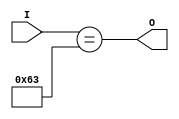
module Decode998 (
    input [7:0] I,
    output O
);
assign O = I == 8'h63;
endmodule

module Decode988 (
    input [7:0] I,
    output O
);
assign O = I == 8'h62;
endmodule

module Decode98 (
    input [7:0] I,
    output O
);
assign O = I == 8'h09;
endmodule

module Decode978 (
    input [7:0] I,
    output O
);
assign O = I == 8'h61;
endmodule

module Decode968 (
    input [7:0] I,
    output O
);
assign O = I == 8'h60;
endmodule

module Decode958 (
    input [7:0] I,
    output O
);
assign O = I == 8'h5f;
endmodule

module Decode948 (
    input [7:0] I,
    output O
);
assign O = I == 8'h5e;
endmodule

module Decode938 (
    input [7:0] I,
    output O
);
assign O = I == 8'h5d;
endmodule

module Decode928 (
    input [7:0] I,
    output O
);
assign O = I == 8'h5c;
endmodule

module Decode918 (
    input [7:0] I,
    output O
);
assign O = I == 8'h5b;
endmodule

module Decode908 (
    input [7:0] I,
    output O
);
assign O = I == 8'h5a;
endmodule

module Decode898 (
    input [7:0] I,
    output O
);
assign O = I == 8'h59;
endmodule

module Decode888 (
    input [7:0] I,
    output O
);
assign O = I == 8'h58;
endmodule

module Decode88 (
    input [7:0] I,
    output O
);
assign O = I == 8'h08;
endmodule

module Decode878 (
    input [7:0] I,
    output O
);
assign O = I == 8'h57;
endmodule

module Decode868 (
    input [7:0] I,
    output O
);
assign O = I == 8'h56;
endmodule

module Decode858 (
    input [7:0] I,
    output O
);
assign O = I == 8'h55;
endmodule

module Decode848 (
    input [7:0] I,
    output O
);
assign O = I == 8'h54;
endmodule

module Decode838 (
    input [7:0] I,
    output O
);
assign O = I == 8'h53;
endmodule

module Decode828 (
    input [7:0] I,
    output O
);
assign O = I == 8'h52;
endmodule

module Decode818 (
    input [7:0] I,
    output O
);
assign O = I == 8'h51;
endmodule

module Decode808 (
    input [7:0] I,
    output O
);
assign O = I == 8'h50;
endmodule

module Decode798 (
    input [7:0] I,
    output O
);
assign O = I == 8'h4f;
endmodule

module Decode788 (
    input [7:0] I,
    output O
);
assign O = I == 8'h4e;
endmodule

module Decode78 (
    input [7:0] I,
    output O
);
assign O = I == 8'h07;
endmodule

module Decode778 (
    input [7:0] I,
    output O
);
assign O = I == 8'h4d;
endmodule

module Decode768 (
    input [7:0] I,
    output O
);
assign O = I == 8'h4c;
endmodule

module Decode758 (
    input [7:0] I,
    output O
);
assign O = I == 8'h4b;
endmodule

module Decode748 (
    input [7:0] I,
    output O
);
assign O = I == 8'h4a;
endmodule

module Decode738 (
    input [7:0] I,
    output O
);
assign O = I == 8'h49;
endmodule

module Decode728 (
    input [7:0] I,
    output O
);
assign O = I == 8'h48;
endmodule

module Decode718 (
    input [7:0] I,
    output O
);
assign O = I == 8'h47;
endmodule

module Decode708 (
    input [7:0] I,
    output O
);
assign O = I == 8'h46;
endmodule

module Decode698 (
    input [7:0] I,
    output O
);
assign O = I == 8'h45;
endmodule

module Decode688 (
    input [7:0] I,
    output O
);
assign O = I == 8'h44;
endmodule

module Decode68 (
    input [7:0] I,
    output O
);
assign O = I == 8'h06;
endmodule

module Decode678 (
    input [7:0] I,
    output O
);
assign O = I == 8'h43;
endmodule

module Decode668 (
    input [7:0] I,
    output O
);
assign O = I == 8'h42;
endmodule

module Decode658 (
    input [7:0] I,
    output O
);
assign O = I == 8'h41;
endmodule

module Decode648 (
    input [7:0] I,
    output O
);
assign O = I == 8'h40;
endmodule

module Decode638 (
    input [7:0] I,
    output O
);
assign O = I == 8'h3f;
endmodule

module Decode628 (
    input [7:0] I,
    output O
);
assign O = I == 8'h3e;
endmodule

module Decode618 (
    input [7:0] I,
    output O
);
assign O = I == 8'h3d;
endmodule

module Decode608 (
    input [7:0] I,
    output O
);
assign O = I == 8'h3c;
endmodule

module Decode598 (
    input [7:0] I,
    output O
);
assign O = I == 8'h3b;
endmodule

module Decode588 (
    input [7:0] I,
    output O
);
assign O = I == 8'h3a;
endmodule

module Decode58 (
    input [7:0] I,
    output O
);
assign O = I == 8'h05;
endmodule

module Decode578 (
    input [7:0] I,
    output O
);
assign O = I == 8'h39;
endmodule

module Decode568 (
    input [7:0] I,
    output O
);
assign O = I == 8'h38;
endmodule

module Decode558 (
    input [7:0] I,
    output O
);
assign O = I == 8'h37;
endmodule

module Decode548 (
    input [7:0] I,
    output O
);
assign O = I == 8'h36;
endmodule

module Decode538 (
    input [7:0] I,
    output O
);
assign O = I == 8'h35;
endmodule

module Decode528 (
    input [7:0] I,
    output O
);
assign O = I == 8'h34;
endmodule

module Decode518 (
    input [7:0] I,
    output O
);
assign O = I == 8'h33;
endmodule

module Decode508 (
    input [7:0] I,
    output O
);
assign O = I == 8'h32;
endmodule

module Decode498 (
    input [7:0] I,
    output O
);
assign O = I == 8'h31;
endmodule

module Decode488 (
    input [7:0] I,
    output O
);
assign O = I == 8'h30;
endmodule

module Decode48 (
    input [7:0] I,
    output O
);
assign O = I == 8'h04;
endmodule

module Decode478 (
    input [7:0] I,
    output O
);
assign O = I == 8'h2f;
endmodule

module Decode468 (
    input [7:0] I,
    output O
);
assign O = I == 8'h2e;
endmodule

module Decode458 (
    input [7:0] I,
    output O
);
assign O = I == 8'h2d;
endmodule

module Decode448 (
    input [7:0] I,
    output O
);
assign O = I == 8'h2c;
endmodule

module Decode438 (
    input [7:0] I,
    output O
);
assign O = I == 8'h2b;
endmodule

module Decode428 (
    input [7:0] I,
    output O
);
assign O = I == 8'h2a;
endmodule

module Decode418 (
    input [7:0] I,
    output O
);
assign O = I == 8'h29;
endmodule

module Decode408 (
    input [7:0] I,
    output O
);
assign O = I == 8'h28;
endmodule

module Decode398 (
    input [7:0] I,
    output O
);
assign O = I == 8'h27;
endmodule

module Decode388 (
    input [7:0] I,
    output O
);
assign O = I == 8'h26;
endmodule

module Decode38 (
    input [7:0] I,
    output O
);
assign O = I == 8'h03;
endmodule

module Decode378 (
    input [7:0] I,
    output O
);
assign O = I == 8'h25;
endmodule

module Decode368 (
    input [7:0] I,
    output O
);
assign O = I == 8'h24;
endmodule

module Decode358 (
    input [7:0] I,
    output O
);
assign O = I == 8'h23;
endmodule

module Decode348 (
    input [7:0] I,
    output O
);
assign O = I == 8'h22;
endmodule

module Decode338 (
    input [7:0] I,
    output O
);
assign O = I == 8'h21;
endmodule

module Decode328 (
    input [7:0] I,
    output O
);
assign O = I == 8'h20;
endmodule

module Decode318 (
    input [7:0] I,
    output O
);
assign O = I == 8'h1f;
endmodule

module Decode308 (
    input [7:0] I,
    output O
);
assign O = I == 8'h1e;
endmodule

module Decode298 (
    input [7:0] I,
    output O
);
assign O = I == 8'h1d;
endmodule

module Decode288 (
    input [7:0] I,
    output O
);
assign O = I == 8'h1c;
endmodule

module Decode28 (
    input [7:0] I,
    output O
);
assign O = I == 8'h02;
endmodule

module Decode278 (
    input [7:0] I,
    output O
);
assign O = I == 8'h1b;
endmodule

module Decode268 (
    input [7:0] I,
    output O
);
assign O = I == 8'h1a;
endmodule

module Decode258 (
    input [7:0] I,
    output O
);
assign O = I == 8'h19;
endmodule

module Decode2558 (
    input [7:0] I,
    output O
);
assign O = I == 8'hff;
endmodule

module Decode2548 (
    input [7:0] I,
    output O
);
assign O = I == 8'hfe;
endmodule

module Decode2538 (
    input [7:0] I,
    output O
);
assign O = I == 8'hfd;
endmodule

module Decode2528 (
    input [7:0] I,
    output O
);
assign O = I == 8'hfc;
endmodule

module Decode2518 (
    input [7:0] I,
    output O
);
assign O = I == 8'hfb;
endmodule

module Decode2508 (
    input [7:0] I,
    output O
);
assign O = I == 8'hfa;
endmodule

module Decode2498 (
    input [7:0] I,
    output O
);
assign O = I == 8'hf9;
endmodule

module Decode2488 (
    input [7:0] I,
    output O
);
assign O = I == 8'hf8;
endmodule

module Decode248 (
    input [7:0] I,
    output O
);
assign O = I == 8'h18;
endmodule

module Decode2478 (
    input [7:0] I,
    output O
);
assign O = I == 8'hf7;
endmodule

module Decode2468 (
    input [7:0] I,
    output O
);
assign O = I == 8'hf6;
endmodule

module Decode2458 (
    input [7:0] I,
    output O
);
assign O = I == 8'hf5;
endmodule

module Decode2448 (
    input [7:0] I,
    output O
);
assign O = I == 8'hf4;
endmodule

module Decode2438 (
    input [7:0] I,
    output O
);
assign O = I == 8'hf3;
endmodule

module Decode2428 (
    input [7:0] I,
    output O
);
assign O = I == 8'hf2;
endmodule

module Decode2418 (
    input [7:0] I,
    output O
);
assign O = I == 8'hf1;
endmodule

module Decode2408 (
    input [7:0] I,
    output O
);
assign O = I == 8'hf0;
endmodule

module Decode2398 (
    input [7:0] I,
    output O
);
assign O = I == 8'hef;
endmodule

module Decode2388 (
    input [7:0] I,
    output O
);
assign O = I == 8'hee;
endmodule

module Decode238 (
    input [7:0] I,
    output O
);
assign O = I == 8'h17;
endmodule

module Decode2378 (
    input [7:0] I,
    output O
);
assign O = I == 8'hed;
endmodule

module Decode2368 (
    input [7:0] I,
    output O
);
assign O = I == 8'hec;
endmodule

module Decode2358 (
    input [7:0] I,
    output O
);
assign O = I == 8'heb;
endmodule

module Decode2348 (
    input [7:0] I,
    output O
);
assign O = I == 8'hea;
endmodule

module Decode2338 (
    input [7:0] I,
    output O
);
assign O = I == 8'he9;
endmodule

module Decode2328 (
    input [7:0] I,
    output O
);
assign O = I == 8'he8;
endmodule

module Decode2318 (
    input [7:0] I,
    output O
);
assign O = I == 8'he7;
endmodule

module Decode2308 (
    input [7:0] I,
    output O
);
assign O = I == 8'he6;
endmodule

module Decode2298 (
    input [7:0] I,
    output O
);
assign O = I == 8'he5;
endmodule

module Decode2288 (
    input [7:0] I,
    output O
);
assign O = I == 8'he4;
endmodule

module Decode228 (
    input [7:0] I,
    output O
);
assign O = I == 8'h16;
endmodule

module Decode2278 (
    input [7:0] I,
    output O
);
assign O = I == 8'he3;
endmodule

module Decode2268 (
    input [7:0] I,
    output O
);
assign O = I == 8'he2;
endmodule

module Decode2258 (
    input [7:0] I,
    output O
);
assign O = I == 8'he1;
endmodule

module Decode2248 (
    input [7:0] I,
    output O
);
assign O = I == 8'he0;
endmodule

module Decode2238 (
    input [7:0] I,
    output O
);
assign O = I == 8'hdf;
endmodule

module Decode2228 (
    input [7:0] I,
    output O
);
assign O = I == 8'hde;
endmodule

module Decode2218 (
    input [7:0] I,
    output O
);
assign O = I == 8'hdd;
endmodule

module Decode2208 (
    input [7:0] I,
    output O
);
assign O = I == 8'hdc;
endmodule

module Decode2198 (
    input [7:0] I,
    output O
);
assign O = I == 8'hdb;
endmodule

module Decode2188 (
    input [7:0] I,
    output O
);
assign O = I == 8'hda;
endmodule

module Decode218 (
    input [7:0] I,
    output O
);
assign O = I == 8'h15;
endmodule

module Decode2178 (
    input [7:0] I,
    output O
);
assign O = I == 8'hd9;
endmodule

module Decode2168 (
    input [7:0] I,
    output O
);
assign O = I == 8'hd8;
endmodule

module Decode2158 (
    input [7:0] I,
    output O
);
assign O = I == 8'hd7;
endmodule

module Decode2148 (
    input [7:0] I,
    output O
);
assign O = I == 8'hd6;
endmodule

module Decode2138 (
    input [7:0] I,
    output O
);
assign O = I == 8'hd5;
endmodule

module Decode2128 (
    input [7:0] I,
    output O
);
assign O = I == 8'hd4;
endmodule

module Decode2118 (
    input [7:0] I,
    output O
);
assign O = I == 8'hd3;
endmodule

module Decode2108 (
    input [7:0] I,
    output O
);
assign O = I == 8'hd2;
endmodule

module Decode2098 (
    input [7:0] I,
    output O
);
assign O = I == 8'hd1;
endmodule

module Decode2088 (
    input [7:0] I,
    output O
);
assign O = I == 8'hd0;
endmodule

module Decode208 (
    input [7:0] I,
    output O
);
assign O = I == 8'h14;
endmodule

module Decode2078 (
    input [7:0] I,
    output O
);
assign O = I == 8'hcf;
endmodule

module Decode2068 (
    input [7:0] I,
    output O
);
assign O = I == 8'hce;
endmodule

module Decode2058 (
    input [7:0] I,
    output O
);
assign O = I == 8'hcd;
endmodule

module Decode2048 (
    input [7:0] I,
    output O
);
assign O = I == 8'hcc;
endmodule

module Decode2038 (
    input [7:0] I,
    output O
);
assign O = I == 8'hcb;
endmodule

module Decode2028 (
    input [7:0] I,
    output O
);
assign O = I == 8'hca;
endmodule

module Decode2018 (
    input [7:0] I,
    output O
);
assign O = I == 8'hc9;
endmodule

module Decode2008 (
    input [7:0] I,
    output O
);
assign O = I == 8'hc8;
endmodule

module Decode1998 (
    input [7:0] I,
    output O
);
assign O = I == 8'hc7;
endmodule

module Decode1988 (
    input [7:0] I,
    output O
);
assign O = I == 8'hc6;
endmodule

module Decode198 (
    input [7:0] I,
    output O
);
assign O = I == 8'h13;
endmodule

module Decode1978 (
    input [7:0] I,
    output O
);
assign O = I == 8'hc5;
endmodule

module Decode1968 (
    input [7:0] I,
    output O
);
assign O = I == 8'hc4;
endmodule

module Decode1958 (
    input [7:0] I,
    output O
);
assign O = I == 8'hc3;
endmodule

module Decode1948 (
    input [7:0] I,
    output O
);
assign O = I == 8'hc2;
endmodule

module Decode1938 (
    input [7:0] I,
    output O
);
assign O = I == 8'hc1;
endmodule

module Decode1928 (
    input [7:0] I,
    output O
);
assign O = I == 8'hc0;
endmodule

module Decode1918 (
    input [7:0] I,
    output O
);
assign O = I == 8'hbf;
endmodule

module Decode1908 (
    input [7:0] I,
    output O
);
assign O = I == 8'hbe;
endmodule

module Decode1898 (
    input [7:0] I,
    output O
);
assign O = I == 8'hbd;
endmodule

module Decode1888 (
    input [7:0] I,
    output O
);
assign O = I == 8'hbc;
endmodule

module Decode188 (
    input [7:0] I,
    output O
);
assign O = I == 8'h12;
endmodule

module Decode1878 (
    input [7:0] I,
    output O
);
assign O = I == 8'hbb;
endmodule

module Decode1868 (
    input [7:0] I,
    output O
);
assign O = I == 8'hba;
endmodule

module Decode1858 (
    input [7:0] I,
    output O
);
assign O = I == 8'hb9;
endmodule

module Decode1848 (
    input [7:0] I,
    output O
);
assign O = I == 8'hb8;
endmodule

module Decode1838 (
    input [7:0] I,
    output O
);
assign O = I == 8'hb7;
endmodule

module Decode1828 (
    input [7:0] I,
    output O
);
assign O = I == 8'hb6;
endmodule

module Decode1818 (
    input [7:0] I,
    output O
);
assign O = I == 8'hb5;
endmodule

module Decode1808 (
    input [7:0] I,
    output O
);
assign O = I == 8'hb4;
endmodule

module Decode18 (
    input [7:0] I,
    output O
);
assign O = I == 8'h01;
endmodule

module Decode1798 (
    input [7:0] I,
    output O
);
assign O = I == 8'hb3;
endmodule

module Decode1788 (
    input [7:0] I,
    output O
);
assign O = I == 8'hb2;
endmodule

module Decode178 (
    input [7:0] I,
    output O
);
assign O = I == 8'h11;
endmodule

module Decode1778 (
    input [7:0] I,
    output O
);
assign O = I == 8'hb1;
endmodule

module Decode1768 (
    input [7:0] I,
    output O
);
assign O = I == 8'hb0;
endmodule

module Decode1758 (
    input [7:0] I,
    output O
);
assign O = I == 8'haf;
endmodule

module Decode1748 (
    input [7:0] I,
    output O
);
assign O = I == 8'hae;
endmodule

module Decode1738 (
    input [7:0] I,
    output O
);
assign O = I == 8'had;
endmodule

module Decode1728 (
    input [7:0] I,
    output O
);
assign O = I == 8'hac;
endmodule

module Decode1718 (
    input [7:0] I,
    output O
);
assign O = I == 8'hab;
endmodule

module Decode1708 (
    input [7:0] I,
    output O
);
assign O = I == 8'haa;
endmodule

module Decode1698 (
    input [7:0] I,
    output O
);
assign O = I == 8'ha9;
endmodule

module Decode1688 (
    input [7:0] I,
    output O
);
assign O = I == 8'ha8;
endmodule

module Decode168 (
    input [7:0] I,
    output O
);
assign O = I == 8'h10;
endmodule

module Decode1678 (
    input [7:0] I,
    output O
);
assign O = I == 8'ha7;
endmodule

module Decode1668 (
    input [7:0] I,
    output O
);
assign O = I == 8'ha6;
endmodule

module Decode1658 (
    input [7:0] I,
    output O
);
assign O = I == 8'ha5;
endmodule

module Decode1648 (
    input [7:0] I,
    output O
);
assign O = I == 8'ha4;
endmodule

module Decode1638 (
    input [7:0] I,
    output O
);
assign O = I == 8'ha3;
endmodule

module Decode1628 (
    input [7:0] I,
    output O
);
assign O = I == 8'ha2;
endmodule

module Decode1618 (
    input [7:0] I,
    output O
);
assign O = I == 8'ha1;
endmodule

module Decode1608 (
    input [7:0] I,
    output O
);
assign O = I == 8'ha0;
endmodule

module Decode1598 (
    input [7:0] I,
    output O
);
assign O = I == 8'h9f;
endmodule

module Decode1588 (
    input [7:0] I,
    output O
);
assign O = I == 8'h9e;
endmodule

module Decode158 (
    input [7:0] I,
    output O
);
assign O = I == 8'h0f;
endmodule

module Decode1578 (
    input [7:0] I,
    output O
);
assign O = I == 8'h9d;
endmodule

module Decode1568 (
    input [7:0] I,
    output O
);
assign O = I == 8'h9c;
endmodule

module Decode1558 (
    input [7:0] I,
    output O
);
assign O = I == 8'h9b;
endmodule

module Decode1548 (
    input [7:0] I,
    output O
);
assign O = I == 8'h9a;
endmodule

module Decode1538 (
    input [7:0] I,
    output O
);
assign O = I == 8'h99;
endmodule

module Decode1528 (
    input [7:0] I,
    output O
);
assign O = I == 8'h98;
endmodule

module Decode1518 (
    input [7:0] I,
    output O
);
assign O = I == 8'h97;
endmodule

module Decode1508 (
    input [7:0] I,
    output O
);
assign O = I == 8'h96;
endmodule

module Decode1498 (
    input [7:0] I,
    output O
);
assign O = I == 8'h95;
endmodule

module Decode1488 (
    input [7:0] I,
    output O
);
assign O = I == 8'h94;
endmodule

module Decode148 (
    input [7:0] I,
    output O
);
assign O = I == 8'h0e;
endmodule

module Decode1478 (
    input [7:0] I,
    output O
);
assign O = I == 8'h93;
endmodule

module Decode1468 (
    input [7:0] I,
    output O
);
assign O = I == 8'h92;
endmodule

module Decode1458 (
    input [7:0] I,
    output O
);
assign O = I == 8'h91;
endmodule

module Decode1448 (
    input [7:0] I,
    output O
);
assign O = I == 8'h90;
endmodule

module Decode1438 (
    input [7:0] I,
    output O
);
assign O = I == 8'h8f;
endmodule

module Decode1428 (
    input [7:0] I,
    output O
);
assign O = I == 8'h8e;
endmodule

module Decode1418 (
    input [7:0] I,
    output O
);
assign O = I == 8'h8d;
endmodule

module Decode1408 (
    input [7:0] I,
    output O
);
assign O = I == 8'h8c;
endmodule

module Decode1398 (
    input [7:0] I,
    output O
);
assign O = I == 8'h8b;
endmodule

module Decode1388 (
    input [7:0] I,
    output O
);
assign O = I == 8'h8a;
endmodule

module Decode138 (
    input [7:0] I,
    output O
);
assign O = I == 8'h0d;
endmodule

module Decode1378 (
    input [7:0] I,
    output O
);
assign O = I == 8'h89;
endmodule

module Decode1368 (
    input [7:0] I,
    output O
);
assign O = I == 8'h88;
endmodule

module Decode1358 (
    input [7:0] I,
    output O
);
assign O = I == 8'h87;
endmodule

module Decode1348 (
    input [7:0] I,
    output O
);
assign O = I == 8'h86;
endmodule

module Decode1338 (
    input [7:0] I,
    output O
);
assign O = I == 8'h85;
endmodule

module Decode1328 (
    input [7:0] I,
    output O
);
assign O = I == 8'h84;
endmodule

module Decode1318 (
    input [7:0] I,
    output O
);
assign O = I == 8'h83;
endmodule

module Decode1308 (
    input [7:0] I,
    output O
);
assign O = I == 8'h82;
endmodule

module Decode1298 (
    input [7:0] I,
    output O
);
assign O = I == 8'h81;
endmodule

module Decode1288 (
    input [7:0] I,
    output O
);
assign O = I == 8'h80;
endmodule

module Decode128 (
    input [7:0] I,
    output O
);
assign O = I == 8'h0c;
endmodule

module Decode1278 (
    input [7:0] I,
    output O
);
assign O = I == 8'h7f;
endmodule

module Decode1268 (
    input [7:0] I,
    output O
);
assign O = I == 8'h7e;
endmodule

module Decode1258 (
    input [7:0] I,
    output O
);
assign O = I == 8'h7d;
endmodule

module Decode1248 (
    input [7:0] I,
    output O
);
assign O = I == 8'h7c;
endmodule

module Decode1238 (
    input [7:0] I,
    output O
);
assign O = I == 8'h7b;
endmodule

module Decode1228 (
    input [7:0] I,
    output O
);
assign O = I == 8'h7a;
endmodule

module Decode1218 (
    input [7:0] I,
    output O
);
assign O = I == 8'h79;
endmodule

module Decode1208 (
    input [7:0] I,
    output O
);
assign O = I == 8'h78;
endmodule

module Decode1198 (
    input [7:0] I,
    output O
);
assign O = I == 8'h77;
endmodule

module Decode1188 (
    input [7:0] I,
    output O
);
assign O = I == 8'h76;
endmodule

module Decode118 (
    input [7:0] I,
    output O
);
assign O = I == 8'h0b;
endmodule

module Decode1178 (
    input [7:0] I,
    output O
);
assign O = I == 8'h75;
endmodule

module Decode1168 (
    input [7:0] I,
    output O
);
assign O = I == 8'h74;
endmodule

module Decode1158 (
    input [7:0] I,
    output O
);
assign O = I == 8'h73;
endmodule

module Decode1148 (
    input [7:0] I,
    output O
);
assign O = I == 8'h72;
endmodule

module Decode1138 (
    input [7:0] I,
    output O
);
assign O = I == 8'h71;
endmodule

module Decode1128 (
    input [7:0] I,
    output O
);
assign O = I == 8'h70;
endmodule

module Decode1118 (
    input [7:0] I,
    output O
);
assign O = I == 8'h6f;
endmodule

module Decode1108 (
    input [7:0] I,
    output O
);
assign O = I == 8'h6e;
endmodule

module Decode1098 (
    input [7:0] I,
    output O
);
assign O = I == 8'h6d;
endmodule

module Decode1088 (
    input [7:0] I,
    output O
);
assign O = I == 8'h6c;
endmodule

module Decode108 (
    input [7:0] I,
    output O
);
assign O = I == 8'h0a;
endmodule

module Decode1078 (
    input [7:0] I,
    output O
);
assign O = I == 8'h6b;
endmodule

module Decode1068 (
    input [7:0] I,
    output O
);
assign O = I == 8'h6a;
endmodule

module Decode1058 (
    input [7:0] I,
    output O
);
assign O = I == 8'h69;
endmodule

module Decode1048 (
    input [7:0] I,
    output O
);
assign O = I == 8'h68;
endmodule

module Decode1038 (
    input [7:0] I,
    output O
);
assign O = I == 8'h67;
endmodule

module Decode1028 (
    input [7:0] I,
    output O
);
assign O = I == 8'h66;
endmodule

module Decode1018 (
    input [7:0] I,
    output O
);
assign O = I == 8'h65;
endmodule

module Decode1008 (
    input [7:0] I,
    output O
);
assign O = I == 8'h64;
endmodule

module Decode08 (
    input [7:0] I,
    output O
);
assign O = I == 8'h00;
endmodule

module Decoder8 (
    input [7:0] I,
    output [255:0] O
);
wire Decode08_inst0_O;
wire Decode1008_inst0_O;
wire Decode1018_inst0_O;
wire Decode1028_inst0_O;
wire Decode1038_inst0_O;
wire Decode1048_inst0_O;
wire Decode1058_inst0_O;
wire Decode1068_inst0_O;
wire Decode1078_inst0_O;
wire Decode1088_inst0_O;
wire Decode108_inst0_O;
wire Decode1098_inst0_O;
wire Decode1108_inst0_O;
wire Decode1118_inst0_O;
wire Decode1128_inst0_O;
wire Decode1138_inst0_O;
wire Decode1148_inst0_O;
wire Decode1158_inst0_O;
wire Decode1168_inst0_O;
wire Decode1178_inst0_O;
wire Decode1188_inst0_O;
wire Decode118_inst0_O;
wire Decode1198_inst0_O;
wire Decode1208_inst0_O;
wire Decode1218_inst0_O;
wire Decode1228_inst0_O;
wire Decode1238_inst0_O;
wire Decode1248_inst0_O;
wire Decode1258_inst0_O;
wire Decode1268_inst0_O;
wire Decode1278_inst0_O;
wire Decode1288_inst0_O;
wire Decode128_inst0_O;
wire Decode1298_inst0_O;
wire Decode1308_inst0_O;
wire Decode1318_inst0_O;
wire Decode1328_inst0_O;
wire Decode1338_inst0_O;
wire Decode1348_inst0_O;
wire Decode1358_inst0_O;
wire Decode1368_inst0_O;
wire Decode1378_inst0_O;
wire Decode1388_inst0_O;
wire Decode138_inst0_O;
wire Decode1398_inst0_O;
wire Decode1408_inst0_O;
wire Decode1418_inst0_O;
wire Decode1428_inst0_O;
wire Decode1438_inst0_O;
wire Decode1448_inst0_O;
wire Decode1458_inst0_O;
wire Decode1468_inst0_O;
wire Decode1478_inst0_O;
wire Decode1488_inst0_O;
wire Decode148_inst0_O;
wire Decode1498_inst0_O;
wire Decode1508_inst0_O;
wire Decode1518_inst0_O;
wire Decode1528_inst0_O;
wire Decode1538_inst0_O;
wire Decode1548_inst0_O;
wire Decode1558_inst0_O;
wire Decode1568_inst0_O;
wire Decode1578_inst0_O;
wire Decode1588_inst0_O;
wire Decode158_inst0_O;
wire Decode1598_inst0_O;
wire Decode1608_inst0_O;
wire Decode1618_inst0_O;
wire Decode1628_inst0_O;
wire Decode1638_inst0_O;
wire Decode1648_inst0_O;
wire Decode1658_inst0_O;
wire Decode1668_inst0_O;
wire Decode1678_inst0_O;
wire Decode1688_inst0_O;
wire Decode168_inst0_O;
wire Decode1698_inst0_O;
wire Decode1708_inst0_O;
wire Decode1718_inst0_O;
wire Decode1728_inst0_O;
wire Decode1738_inst0_O;
wire Decode1748_inst0_O;
wire Decode1758_inst0_O;
wire Decode1768_inst0_O;
wire Decode1778_inst0_O;
wire Decode1788_inst0_O;
wire Decode178_inst0_O;
wire Decode1798_inst0_O;
wire Decode1808_inst0_O;
wire Decode1818_inst0_O;
wire Decode1828_inst0_O;
wire Decode1838_inst0_O;
wire Decode1848_inst0_O;
wire Decode1858_inst0_O;
wire Decode1868_inst0_O;
wire Decode1878_inst0_O;
wire Decode1888_inst0_O;
wire Decode188_inst0_O;
wire Decode1898_inst0_O;
wire Decode18_inst0_O;
wire Decode1908_inst0_O;
wire Decode1918_inst0_O;
wire Decode1928_inst0_O;
wire Decode1938_inst0_O;
wire Decode1948_inst0_O;
wire Decode1958_inst0_O;
wire Decode1968_inst0_O;
wire Decode1978_inst0_O;
wire Decode1988_inst0_O;
wire Decode198_inst0_O;
wire Decode1998_inst0_O;
wire Decode2008_inst0_O;
wire Decode2018_inst0_O;
wire Decode2028_inst0_O;
wire Decode2038_inst0_O;
wire Decode2048_inst0_O;
wire Decode2058_inst0_O;
wire Decode2068_inst0_O;
wire Decode2078_inst0_O;
wire Decode2088_inst0_O;
wire Decode208_inst0_O;
wire Decode2098_inst0_O;
wire Decode2108_inst0_O;
wire Decode2118_inst0_O;
wire Decode2128_inst0_O;
wire Decode2138_inst0_O;
wire Decode2148_inst0_O;
wire Decode2158_inst0_O;
wire Decode2168_inst0_O;
wire Decode2178_inst0_O;
wire Decode2188_inst0_O;
wire Decode218_inst0_O;
wire Decode2198_inst0_O;
wire Decode2208_inst0_O;
wire Decode2218_inst0_O;
wire Decode2228_inst0_O;
wire Decode2238_inst0_O;
wire Decode2248_inst0_O;
wire Decode2258_inst0_O;
wire Decode2268_inst0_O;
wire Decode2278_inst0_O;
wire Decode2288_inst0_O;
wire Decode228_inst0_O;
wire Decode2298_inst0_O;
wire Decode2308_inst0_O;
wire Decode2318_inst0_O;
wire Decode2328_inst0_O;
wire Decode2338_inst0_O;
wire Decode2348_inst0_O;
wire Decode2358_inst0_O;
wire Decode2368_inst0_O;
wire Decode2378_inst0_O;
wire Decode2388_inst0_O;
wire Decode238_inst0_O;
wire Decode2398_inst0_O;
wire Decode2408_inst0_O;
wire Decode2418_inst0_O;
wire Decode2428_inst0_O;
wire Decode2438_inst0_O;
wire Decode2448_inst0_O;
wire Decode2458_inst0_O;
wire Decode2468_inst0_O;
wire Decode2478_inst0_O;
wire Decode2488_inst0_O;
wire Decode248_inst0_O;
wire Decode2498_inst0_O;
wire Decode2508_inst0_O;
wire Decode2518_inst0_O;
wire Decode2528_inst0_O;
wire Decode2538_inst0_O;
wire Decode2548_inst0_O;
wire Decode2558_inst0_O;
wire Decode258_inst0_O;
wire Decode268_inst0_O;
wire Decode278_inst0_O;
wire Decode288_inst0_O;
wire Decode28_inst0_O;
wire Decode298_inst0_O;
wire Decode308_inst0_O;
wire Decode318_inst0_O;
wire Decode328_inst0_O;
wire Decode338_inst0_O;
wire Decode348_inst0_O;
wire Decode358_inst0_O;
wire Decode368_inst0_O;
wire Decode378_inst0_O;
wire Decode388_inst0_O;
wire Decode38_inst0_O;
wire Decode398_inst0_O;
wire Decode408_inst0_O;
wire Decode418_inst0_O;
wire Decode428_inst0_O;
wire Decode438_inst0_O;
wire Decode448_inst0_O;
wire Decode458_inst0_O;
wire Decode468_inst0_O;
wire Decode478_inst0_O;
wire Decode488_inst0_O;
wire Decode48_inst0_O;
wire Decode498_inst0_O;
wire Decode508_inst0_O;
wire Decode518_inst0_O;
wire Decode528_inst0_O;
wire Decode538_inst0_O;
wire Decode548_inst0_O;
wire Decode558_inst0_O;
wire Decode568_inst0_O;
wire Decode578_inst0_O;
wire Decode588_inst0_O;
wire Decode58_inst0_O;
wire Decode598_inst0_O;
wire Decode608_inst0_O;
wire Decode618_inst0_O;
wire Decode628_inst0_O;
wire Decode638_inst0_O;
wire Decode648_inst0_O;
wire Decode658_inst0_O;
wire Decode668_inst0_O;
wire Decode678_inst0_O;
wire Decode688_inst0_O;
wire Decode68_inst0_O;
wire Decode698_inst0_O;
wire Decode708_inst0_O;
wire Decode718_inst0_O;
wire Decode728_inst0_O;
wire Decode738_inst0_O;
wire Decode748_inst0_O;
wire Decode758_inst0_O;
wire Decode768_inst0_O;
wire Decode778_inst0_O;
wire Decode788_inst0_O;
wire Decode78_inst0_O;
wire Decode798_inst0_O;
wire Decode808_inst0_O;
wire Decode818_inst0_O;
wire Decode828_inst0_O;
wire Decode838_inst0_O;
wire Decode848_inst0_O;
wire Decode858_inst0_O;
wire Decode868_inst0_O;
wire Decode878_inst0_O;
wire Decode888_inst0_O;
wire Decode88_inst0_O;
wire Decode898_inst0_O;
wire Decode908_inst0_O;
wire Decode918_inst0_O;
wire Decode928_inst0_O;
wire Decode938_inst0_O;
wire Decode948_inst0_O;
wire Decode958_inst0_O;
wire Decode968_inst0_O;
wire Decode978_inst0_O;
wire Decode988_inst0_O;
wire Decode98_inst0_O;
wire Decode998_inst0_O;
Decode08 Decode08_inst0 (
    .I(I),
    .O(Decode08_inst0_O)
);
Decode1008 Decode1008_inst0 (
    .I(I),
    .O(Decode1008_inst0_O)
);
Decode1018 Decode1018_inst0 (
    .I(I),
    .O(Decode1018_inst0_O)
);
Decode1028 Decode1028_inst0 (
    .I(I),
    .O(Decode1028_inst0_O)
);
Decode1038 Decode1038_inst0 (
    .I(I),
    .O(Decode1038_inst0_O)
);
Decode1048 Decode1048_inst0 (
    .I(I),
    .O(Decode1048_inst0_O)
);
Decode1058 Decode1058_inst0 (
    .I(I),
    .O(Decode1058_inst0_O)
);
Decode1068 Decode1068_inst0 (
    .I(I),
    .O(Decode1068_inst0_O)
);
Decode1078 Decode1078_inst0 (
    .I(I),
    .O(Decode1078_inst0_O)
);
Decode1088 Decode1088_inst0 (
    .I(I),
    .O(Decode1088_inst0_O)
);
Decode108 Decode108_inst0 (
    .I(I),
    .O(Decode108_inst0_O)
);
Decode1098 Decode1098_inst0 (
    .I(I),
    .O(Decode1098_inst0_O)
);
Decode1108 Decode1108_inst0 (
    .I(I),
    .O(Decode1108_inst0_O)
);
Decode1118 Decode1118_inst0 (
    .I(I),
    .O(Decode1118_inst0_O)
);
Decode1128 Decode1128_inst0 (
    .I(I),
    .O(Decode1128_inst0_O)
);
Decode1138 Decode1138_inst0 (
    .I(I),
    .O(Decode1138_inst0_O)
);
Decode1148 Decode1148_inst0 (
    .I(I),
    .O(Decode1148_inst0_O)
);
Decode1158 Decode1158_inst0 (
    .I(I),
    .O(Decode1158_inst0_O)
);
Decode1168 Decode1168_inst0 (
    .I(I),
    .O(Decode1168_inst0_O)
);
Decode1178 Decode1178_inst0 (
    .I(I),
    .O(Decode1178_inst0_O)
);
Decode1188 Decode1188_inst0 (
    .I(I),
    .O(Decode1188_inst0_O)
);
Decode118 Decode118_inst0 (
    .I(I),
    .O(Decode118_inst0_O)
);
Decode1198 Decode1198_inst0 (
    .I(I),
    .O(Decode1198_inst0_O)
);
Decode1208 Decode1208_inst0 (
    .I(I),
    .O(Decode1208_inst0_O)
);
Decode1218 Decode1218_inst0 (
    .I(I),
    .O(Decode1218_inst0_O)
);
Decode1228 Decode1228_inst0 (
    .I(I),
    .O(Decode1228_inst0_O)
);
Decode1238 Decode1238_inst0 (
    .I(I),
    .O(Decode1238_inst0_O)
);
Decode1248 Decode1248_inst0 (
    .I(I),
    .O(Decode1248_inst0_O)
);
Decode1258 Decode1258_inst0 (
    .I(I),
    .O(Decode1258_inst0_O)
);
Decode1268 Decode1268_inst0 (
    .I(I),
    .O(Decode1268_inst0_O)
);
Decode1278 Decode1278_inst0 (
    .I(I),
    .O(Decode1278_inst0_O)
);
Decode1288 Decode1288_inst0 (
    .I(I),
    .O(Decode1288_inst0_O)
);
Decode128 Decode128_inst0 (
    .I(I),
    .O(Decode128_inst0_O)
);
Decode1298 Decode1298_inst0 (
    .I(I),
    .O(Decode1298_inst0_O)
);
Decode1308 Decode1308_inst0 (
    .I(I),
    .O(Decode1308_inst0_O)
);
Decode1318 Decode1318_inst0 (
    .I(I),
    .O(Decode1318_inst0_O)
);
Decode1328 Decode1328_inst0 (
    .I(I),
    .O(Decode1328_inst0_O)
);
Decode1338 Decode1338_inst0 (
    .I(I),
    .O(Decode1338_inst0_O)
);
Decode1348 Decode1348_inst0 (
    .I(I),
    .O(Decode1348_inst0_O)
);
Decode1358 Decode1358_inst0 (
    .I(I),
    .O(Decode1358_inst0_O)
);
Decode1368 Decode1368_inst0 (
    .I(I),
    .O(Decode1368_inst0_O)
);
Decode1378 Decode1378_inst0 (
    .I(I),
    .O(Decode1378_inst0_O)
);
Decode1388 Decode1388_inst0 (
    .I(I),
    .O(Decode1388_inst0_O)
);
Decode138 Decode138_inst0 (
    .I(I),
    .O(Decode138_inst0_O)
);
Decode1398 Decode1398_inst0 (
    .I(I),
    .O(Decode1398_inst0_O)
);
Decode1408 Decode1408_inst0 (
    .I(I),
    .O(Decode1408_inst0_O)
);
Decode1418 Decode1418_inst0 (
    .I(I),
    .O(Decode1418_inst0_O)
);
Decode1428 Decode1428_inst0 (
    .I(I),
    .O(Decode1428_inst0_O)
);
Decode1438 Decode1438_inst0 (
    .I(I),
    .O(Decode1438_inst0_O)
);
Decode1448 Decode1448_inst0 (
    .I(I),
    .O(Decode1448_inst0_O)
);
Decode1458 Decode1458_inst0 (
    .I(I),
    .O(Decode1458_inst0_O)
);
Decode1468 Decode1468_inst0 (
    .I(I),
    .O(Decode1468_inst0_O)
);
Decode1478 Decode1478_inst0 (
    .I(I),
    .O(Decode1478_inst0_O)
);
Decode1488 Decode1488_inst0 (
    .I(I),
    .O(Decode1488_inst0_O)
);
Decode148 Decode148_inst0 (
    .I(I),
    .O(Decode148_inst0_O)
);
Decode1498 Decode1498_inst0 (
    .I(I),
    .O(Decode1498_inst0_O)
);
Decode1508 Decode1508_inst0 (
    .I(I),
    .O(Decode1508_inst0_O)
);
Decode1518 Decode1518_inst0 (
    .I(I),
    .O(Decode1518_inst0_O)
);
Decode1528 Decode1528_inst0 (
    .I(I),
    .O(Decode1528_inst0_O)
);
Decode1538 Decode1538_inst0 (
    .I(I),
    .O(Decode1538_inst0_O)
);
Decode1548 Decode1548_inst0 (
    .I(I),
    .O(Decode1548_inst0_O)
);
Decode1558 Decode1558_inst0 (
    .I(I),
    .O(Decode1558_inst0_O)
);
Decode1568 Decode1568_inst0 (
    .I(I),
    .O(Decode1568_inst0_O)
);
Decode1578 Decode1578_inst0 (
    .I(I),
    .O(Decode1578_inst0_O)
);
Decode1588 Decode1588_inst0 (
    .I(I),
    .O(Decode1588_inst0_O)
);
Decode158 Decode158_inst0 (
    .I(I),
    .O(Decode158_inst0_O)
);
Decode1598 Decode1598_inst0 (
    .I(I),
    .O(Decode1598_inst0_O)
);
Decode1608 Decode1608_inst0 (
    .I(I),
    .O(Decode1608_inst0_O)
);
Decode1618 Decode1618_inst0 (
    .I(I),
    .O(Decode1618_inst0_O)
);
Decode1628 Decode1628_inst0 (
    .I(I),
    .O(Decode1628_inst0_O)
);
Decode1638 Decode1638_inst0 (
    .I(I),
    .O(Decode1638_inst0_O)
);
Decode1648 Decode1648_inst0 (
    .I(I),
    .O(Decode1648_inst0_O)
);
Decode1658 Decode1658_inst0 (
    .I(I),
    .O(Decode1658_inst0_O)
);
Decode1668 Decode1668_inst0 (
    .I(I),
    .O(Decode1668_inst0_O)
);
Decode1678 Decode1678_inst0 (
    .I(I),
    .O(Decode1678_inst0_O)
);
Decode1688 Decode1688_inst0 (
    .I(I),
    .O(Decode1688_inst0_O)
);
Decode168 Decode168_inst0 (
    .I(I),
    .O(Decode168_inst0_O)
);
Decode1698 Decode1698_inst0 (
    .I(I),
    .O(Decode1698_inst0_O)
);
Decode1708 Decode1708_inst0 (
    .I(I),
    .O(Decode1708_inst0_O)
);
Decode1718 Decode1718_inst0 (
    .I(I),
    .O(Decode1718_inst0_O)
);
Decode1728 Decode1728_inst0 (
    .I(I),
    .O(Decode1728_inst0_O)
);
Decode1738 Decode1738_inst0 (
    .I(I),
    .O(Decode1738_inst0_O)
);
Decode1748 Decode1748_inst0 (
    .I(I),
    .O(Decode1748_inst0_O)
);
Decode1758 Decode1758_inst0 (
    .I(I),
    .O(Decode1758_inst0_O)
);
Decode1768 Decode1768_inst0 (
    .I(I),
    .O(Decode1768_inst0_O)
);
Decode1778 Decode1778_inst0 (
    .I(I),
    .O(Decode1778_inst0_O)
);
Decode1788 Decode1788_inst0 (
    .I(I),
    .O(Decode1788_inst0_O)
);
Decode178 Decode178_inst0 (
    .I(I),
    .O(Decode178_inst0_O)
);
Decode1798 Decode1798_inst0 (
    .I(I),
    .O(Decode1798_inst0_O)
);
Decode1808 Decode1808_inst0 (
    .I(I),
    .O(Decode1808_inst0_O)
);
Decode1818 Decode1818_inst0 (
    .I(I),
    .O(Decode1818_inst0_O)
);
Decode1828 Decode1828_inst0 (
    .I(I),
    .O(Decode1828_inst0_O)
);
Decode1838 Decode1838_inst0 (
    .I(I),
    .O(Decode1838_inst0_O)
);
Decode1848 Decode1848_inst0 (
    .I(I),
    .O(Decode1848_inst0_O)
);
Decode1858 Decode1858_inst0 (
    .I(I),
    .O(Decode1858_inst0_O)
);
Decode1868 Decode1868_inst0 (
    .I(I),
    .O(Decode1868_inst0_O)
);
Decode1878 Decode1878_inst0 (
    .I(I),
    .O(Decode1878_inst0_O)
);
Decode1888 Decode1888_inst0 (
    .I(I),
    .O(Decode1888_inst0_O)
);
Decode188 Decode188_inst0 (
    .I(I),
    .O(Decode188_inst0_O)
);
Decode1898 Decode1898_inst0 (
    .I(I),
    .O(Decode1898_inst0_O)
);
Decode18 Decode18_inst0 (
    .I(I),
    .O(Decode18_inst0_O)
);
Decode1908 Decode1908_inst0 (
    .I(I),
    .O(Decode1908_inst0_O)
);
Decode1918 Decode1918_inst0 (
    .I(I),
    .O(Decode1918_inst0_O)
);
Decode1928 Decode1928_inst0 (
    .I(I),
    .O(Decode1928_inst0_O)
);
Decode1938 Decode1938_inst0 (
    .I(I),
    .O(Decode1938_inst0_O)
);
Decode1948 Decode1948_inst0 (
    .I(I),
    .O(Decode1948_inst0_O)
);
Decode1958 Decode1958_inst0 (
    .I(I),
    .O(Decode1958_inst0_O)
);
Decode1968 Decode1968_inst0 (
    .I(I),
    .O(Decode1968_inst0_O)
);
Decode1978 Decode1978_inst0 (
    .I(I),
    .O(Decode1978_inst0_O)
);
Decode1988 Decode1988_inst0 (
    .I(I),
    .O(Decode1988_inst0_O)
);
Decode198 Decode198_inst0 (
    .I(I),
    .O(Decode198_inst0_O)
);
Decode1998 Decode1998_inst0 (
    .I(I),
    .O(Decode1998_inst0_O)
);
Decode2008 Decode2008_inst0 (
    .I(I),
    .O(Decode2008_inst0_O)
);
Decode2018 Decode2018_inst0 (
    .I(I),
    .O(Decode2018_inst0_O)
);
Decode2028 Decode2028_inst0 (
    .I(I),
    .O(Decode2028_inst0_O)
);
Decode2038 Decode2038_inst0 (
    .I(I),
    .O(Decode2038_inst0_O)
);
Decode2048 Decode2048_inst0 (
    .I(I),
    .O(Decode2048_inst0_O)
);
Decode2058 Decode2058_inst0 (
    .I(I),
    .O(Decode2058_inst0_O)
);
Decode2068 Decode2068_inst0 (
    .I(I),
    .O(Decode2068_inst0_O)
);
Decode2078 Decode2078_inst0 (
    .I(I),
    .O(Decode2078_inst0_O)
);
Decode2088 Decode2088_inst0 (
    .I(I),
    .O(Decode2088_inst0_O)
);
Decode208 Decode208_inst0 (
    .I(I),
    .O(Decode208_inst0_O)
);
Decode2098 Decode2098_inst0 (
    .I(I),
    .O(Decode2098_inst0_O)
);
Decode2108 Decode2108_inst0 (
    .I(I),
    .O(Decode2108_inst0_O)
);
Decode2118 Decode2118_inst0 (
    .I(I),
    .O(Decode2118_inst0_O)
);
Decode2128 Decode2128_inst0 (
    .I(I),
    .O(Decode2128_inst0_O)
);
Decode2138 Decode2138_inst0 (
    .I(I),
    .O(Decode2138_inst0_O)
);
Decode2148 Decode2148_inst0 (
    .I(I),
    .O(Decode2148_inst0_O)
);
Decode2158 Decode2158_inst0 (
    .I(I),
    .O(Decode2158_inst0_O)
);
Decode2168 Decode2168_inst0 (
    .I(I),
    .O(Decode2168_inst0_O)
);
Decode2178 Decode2178_inst0 (
    .I(I),
    .O(Decode2178_inst0_O)
);
Decode2188 Decode2188_inst0 (
    .I(I),
    .O(Decode2188_inst0_O)
);
Decode218 Decode218_inst0 (
    .I(I),
    .O(Decode218_inst0_O)
);
Decode2198 Decode2198_inst0 (
    .I(I),
    .O(Decode2198_inst0_O)
);
Decode2208 Decode2208_inst0 (
    .I(I),
    .O(Decode2208_inst0_O)
);
Decode2218 Decode2218_inst0 (
    .I(I),
    .O(Decode2218_inst0_O)
);
Decode2228 Decode2228_inst0 (
    .I(I),
    .O(Decode2228_inst0_O)
);
Decode2238 Decode2238_inst0 (
    .I(I),
    .O(Decode2238_inst0_O)
);
Decode2248 Decode2248_inst0 (
    .I(I),
    .O(Decode2248_inst0_O)
);
Decode2258 Decode2258_inst0 (
    .I(I),
    .O(Decode2258_inst0_O)
);
Decode2268 Decode2268_inst0 (
    .I(I),
    .O(Decode2268_inst0_O)
);
Decode2278 Decode2278_inst0 (
    .I(I),
    .O(Decode2278_inst0_O)
);
Decode2288 Decode2288_inst0 (
    .I(I),
    .O(Decode2288_inst0_O)
);
Decode228 Decode228_inst0 (
    .I(I),
    .O(Decode228_inst0_O)
);
Decode2298 Decode2298_inst0 (
    .I(I),
    .O(Decode2298_inst0_O)
);
Decode2308 Decode2308_inst0 (
    .I(I),
    .O(Decode2308_inst0_O)
);
Decode2318 Decode2318_inst0 (
    .I(I),
    .O(Decode2318_inst0_O)
);
Decode2328 Decode2328_inst0 (
    .I(I),
    .O(Decode2328_inst0_O)
);
Decode2338 Decode2338_inst0 (
    .I(I),
    .O(Decode2338_inst0_O)
);
Decode2348 Decode2348_inst0 (
    .I(I),
    .O(Decode2348_inst0_O)
);
Decode2358 Decode2358_inst0 (
    .I(I),
    .O(Decode2358_inst0_O)
);
Decode2368 Decode2368_inst0 (
    .I(I),
    .O(Decode2368_inst0_O)
);
Decode2378 Decode2378_inst0 (
    .I(I),
    .O(Decode2378_inst0_O)
);
Decode2388 Decode2388_inst0 (
    .I(I),
    .O(Decode2388_inst0_O)
);
Decode238 Decode238_inst0 (
    .I(I),
    .O(Decode238_inst0_O)
);
Decode2398 Decode2398_inst0 (
    .I(I),
    .O(Decode2398_inst0_O)
);
Decode2408 Decode2408_inst0 (
    .I(I),
    .O(Decode2408_inst0_O)
);
Decode2418 Decode2418_inst0 (
    .I(I),
    .O(Decode2418_inst0_O)
);
Decode2428 Decode2428_inst0 (
    .I(I),
    .O(Decode2428_inst0_O)
);
Decode2438 Decode2438_inst0 (
    .I(I),
    .O(Decode2438_inst0_O)
);
Decode2448 Decode2448_inst0 (
    .I(I),
    .O(Decode2448_inst0_O)
);
Decode2458 Decode2458_inst0 (
    .I(I),
    .O(Decode2458_inst0_O)
);
Decode2468 Decode2468_inst0 (
    .I(I),
    .O(Decode2468_inst0_O)
);
Decode2478 Decode2478_inst0 (
    .I(I),
    .O(Decode2478_inst0_O)
);
Decode2488 Decode2488_inst0 (
    .I(I),
    .O(Decode2488_inst0_O)
);
Decode248 Decode248_inst0 (
    .I(I),
    .O(Decode248_inst0_O)
);
Decode2498 Decode2498_inst0 (
    .I(I),
    .O(Decode2498_inst0_O)
);
Decode2508 Decode2508_inst0 (
    .I(I),
    .O(Decode2508_inst0_O)
);
Decode2518 Decode2518_inst0 (
    .I(I),
    .O(Decode2518_inst0_O)
);
Decode2528 Decode2528_inst0 (
    .I(I),
    .O(Decode2528_inst0_O)
);
Decode2538 Decode2538_inst0 (
    .I(I),
    .O(Decode2538_inst0_O)
);
Decode2548 Decode2548_inst0 (
    .I(I),
    .O(Decode2548_inst0_O)
);
Decode2558 Decode2558_inst0 (
    .I(I),
    .O(Decode2558_inst0_O)
);
Decode258 Decode258_inst0 (
    .I(I),
    .O(Decode258_inst0_O)
);
Decode268 Decode268_inst0 (
    .I(I),
    .O(Decode268_inst0_O)
);
Decode278 Decode278_inst0 (
    .I(I),
    .O(Decode278_inst0_O)
);
Decode288 Decode288_inst0 (
    .I(I),
    .O(Decode288_inst0_O)
);
Decode28 Decode28_inst0 (
    .I(I),
    .O(Decode28_inst0_O)
);
Decode298 Decode298_inst0 (
    .I(I),
    .O(Decode298_inst0_O)
);
Decode308 Decode308_inst0 (
    .I(I),
    .O(Decode308_inst0_O)
);
Decode318 Decode318_inst0 (
    .I(I),
    .O(Decode318_inst0_O)
);
Decode328 Decode328_inst0 (
    .I(I),
    .O(Decode328_inst0_O)
);
Decode338 Decode338_inst0 (
    .I(I),
    .O(Decode338_inst0_O)
);
Decode348 Decode348_inst0 (
    .I(I),
    .O(Decode348_inst0_O)
);
Decode358 Decode358_inst0 (
    .I(I),
    .O(Decode358_inst0_O)
);
Decode368 Decode368_inst0 (
    .I(I),
    .O(Decode368_inst0_O)
);
Decode378 Decode378_inst0 (
    .I(I),
    .O(Decode378_inst0_O)
);
Decode388 Decode388_inst0 (
    .I(I),
    .O(Decode388_inst0_O)
);
Decode38 Decode38_inst0 (
    .I(I),
    .O(Decode38_inst0_O)
);
Decode398 Decode398_inst0 (
    .I(I),
    .O(Decode398_inst0_O)
);
Decode408 Decode408_inst0 (
    .I(I),
    .O(Decode408_inst0_O)
);
Decode418 Decode418_inst0 (
    .I(I),
    .O(Decode418_inst0_O)
);
Decode428 Decode428_inst0 (
    .I(I),
    .O(Decode428_inst0_O)
);
Decode438 Decode438_inst0 (
    .I(I),
    .O(Decode438_inst0_O)
);
Decode448 Decode448_inst0 (
    .I(I),
    .O(Decode448_inst0_O)
);
Decode458 Decode458_inst0 (
    .I(I),
    .O(Decode458_inst0_O)
);
Decode468 Decode468_inst0 (
    .I(I),
    .O(Decode468_inst0_O)
);
Decode478 Decode478_inst0 (
    .I(I),
    .O(Decode478_inst0_O)
);
Decode488 Decode488_inst0 (
    .I(I),
    .O(Decode488_inst0_O)
);
Decode48 Decode48_inst0 (
    .I(I),
    .O(Decode48_inst0_O)
);
Decode498 Decode498_inst0 (
    .I(I),
    .O(Decode498_inst0_O)
);
Decode508 Decode508_inst0 (
    .I(I),
    .O(Decode508_inst0_O)
);
Decode518 Decode518_inst0 (
    .I(I),
    .O(Decode518_inst0_O)
);
Decode528 Decode528_inst0 (
    .I(I),
    .O(Decode528_inst0_O)
);
Decode538 Decode538_inst0 (
    .I(I),
    .O(Decode538_inst0_O)
);
Decode548 Decode548_inst0 (
    .I(I),
    .O(Decode548_inst0_O)
);
Decode558 Decode558_inst0 (
    .I(I),
    .O(Decode558_inst0_O)
);
Decode568 Decode568_inst0 (
    .I(I),
    .O(Decode568_inst0_O)
);
Decode578 Decode578_inst0 (
    .I(I),
    .O(Decode578_inst0_O)
);
Decode588 Decode588_inst0 (
    .I(I),
    .O(Decode588_inst0_O)
);
Decode58 Decode58_inst0 (
    .I(I),
    .O(Decode58_inst0_O)
);
Decode598 Decode598_inst0 (
    .I(I),
    .O(Decode598_inst0_O)
);
Decode608 Decode608_inst0 (
    .I(I),
    .O(Decode608_inst0_O)
);
Decode618 Decode618_inst0 (
    .I(I),
    .O(Decode618_inst0_O)
);
Decode628 Decode628_inst0 (
    .I(I),
    .O(Decode628_inst0_O)
);
Decode638 Decode638_inst0 (
    .I(I),
    .O(Decode638_inst0_O)
);
Decode648 Decode648_inst0 (
    .I(I),
    .O(Decode648_inst0_O)
);
Decode658 Decode658_inst0 (
    .I(I),
    .O(Decode658_inst0_O)
);
Decode668 Decode668_inst0 (
    .I(I),
    .O(Decode668_inst0_O)
);
Decode678 Decode678_inst0 (
    .I(I),
    .O(Decode678_inst0_O)
);
Decode688 Decode688_inst0 (
    .I(I),
    .O(Decode688_inst0_O)
);
Decode68 Decode68_inst0 (
    .I(I),
    .O(Decode68_inst0_O)
);
Decode698 Decode698_inst0 (
    .I(I),
    .O(Decode698_inst0_O)
);
Decode708 Decode708_inst0 (
    .I(I),
    .O(Decode708_inst0_O)
);
Decode718 Decode718_inst0 (
    .I(I),
    .O(Decode718_inst0_O)
);
Decode728 Decode728_inst0 (
    .I(I),
    .O(Decode728_inst0_O)
);
Decode738 Decode738_inst0 (
    .I(I),
    .O(Decode738_inst0_O)
);
Decode748 Decode748_inst0 (
    .I(I),
    .O(Decode748_inst0_O)
);
Decode758 Decode758_inst0 (
    .I(I),
    .O(Decode758_inst0_O)
);
Decode768 Decode768_inst0 (
    .I(I),
    .O(Decode768_inst0_O)
);
Decode778 Decode778_inst0 (
    .I(I),
    .O(Decode778_inst0_O)
);
Decode788 Decode788_inst0 (
    .I(I),
    .O(Decode788_inst0_O)
);
Decode78 Decode78_inst0 (
    .I(I),
    .O(Decode78_inst0_O)
);
Decode798 Decode798_inst0 (
    .I(I),
    .O(Decode798_inst0_O)
);
Decode808 Decode808_inst0 (
    .I(I),
    .O(Decode808_inst0_O)
);
Decode818 Decode818_inst0 (
    .I(I),
    .O(Decode818_inst0_O)
);
Decode828 Decode828_inst0 (
    .I(I),
    .O(Decode828_inst0_O)
);
Decode838 Decode838_inst0 (
    .I(I),
    .O(Decode838_inst0_O)
);
Decode848 Decode848_inst0 (
    .I(I),
    .O(Decode848_inst0_O)
);
Decode858 Decode858_inst0 (
    .I(I),
    .O(Decode858_inst0_O)
);
Decode868 Decode868_inst0 (
    .I(I),
    .O(Decode868_inst0_O)
);
Decode878 Decode878_inst0 (
    .I(I),
    .O(Decode878_inst0_O)
);
Decode888 Decode888_inst0 (
    .I(I),
    .O(Decode888_inst0_O)
);
Decode88 Decode88_inst0 (
    .I(I),
    .O(Decode88_inst0_O)
);
Decode898 Decode898_inst0 (
    .I(I),
    .O(Decode898_inst0_O)
);
Decode908 Decode908_inst0 (
    .I(I),
    .O(Decode908_inst0_O)
);
Decode918 Decode918_inst0 (
    .I(I),
    .O(Decode918_inst0_O)
);
Decode928 Decode928_inst0 (
    .I(I),
    .O(Decode928_inst0_O)
);
Decode938 Decode938_inst0 (
    .I(I),
    .O(Decode938_inst0_O)
);
Decode948 Decode948_inst0 (
    .I(I),
    .O(Decode948_inst0_O)
);
Decode958 Decode958_inst0 (
    .I(I),
    .O(Decode958_inst0_O)
);
Decode968 Decode968_inst0 (
    .I(I),
    .O(Decode968_inst0_O)
);
Decode978 Decode978_inst0 (
    .I(I),
    .O(Decode978_inst0_O)
);
Decode988 Decode988_inst0 (
    .I(I),
    .O(Decode988_inst0_O)
);
Decode98 Decode98_inst0 (
    .I(I),
    .O(Decode98_inst0_O)
);
Decode998 Decode998_inst0 (
    .I(I),
    .O(Decode998_inst0_O)
);
assign O = {Decode2558_inst0_O,Decode2548_inst0_O,Decode2538_inst0_O,Decode2528_inst0_O,Decode2518_inst0_O,Decode2508_inst0_O,Decode2498_inst0_O,Decode2488_inst0_O,Decode2478_inst0_O,Decode2468_inst0_O,Decode2458_inst0_O,Decode2448_inst0_O,Decode2438_inst0_O,Decode2428_inst0_O,Decode2418_inst0_O,Decode2408_inst0_O,Decode2398_inst0_O,Decode2388_inst0_O,Decode2378_inst0_O,Decode2368_inst0_O,Decode2358_inst0_O,Decode2348_inst0_O,Decode2338_inst0_O,Decode2328_inst0_O,Decode2318_inst0_O,Decode2308_inst0_O,Decode2298_inst0_O,Decode2288_inst0_O,Decode2278_inst0_O,Decode2268_inst0_O,Decode2258_inst0_O,Decode2248_inst0_O,Decode2238_inst0_O,Decode2228_inst0_O,Decode2218_inst0_O,Decode2208_inst0_O,Decode2198_inst0_O,Decode2188_inst0_O,Decode2178_inst0_O,Decode2168_inst0_O,Decode2158_inst0_O,Decode2148_inst0_O,Decode2138_inst0_O,Decode2128_inst0_O,Decode2118_inst0_O,Decode2108_inst0_O,Decode2098_inst0_O,Decode2088_inst0_O,Decode2078_inst0_O,Decode2068_inst0_O,Decode2058_inst0_O,Decode2048_inst0_O,Decode2038_inst0_O,Decode2028_inst0_O,Decode2018_inst0_O,Decode2008_inst0_O,Decode1998_inst0_O,Decode1988_inst0_O,Decode1978_inst0_O,Decode1968_inst0_O,Decode1958_inst0_O,Decode1948_inst0_O,Decode1938_inst0_O,Decode1928_inst0_O,Decode1918_inst0_O,Decode1908_inst0_O,Decode1898_inst0_O,Decode1888_inst0_O,Decode1878_inst0_O,Decode1868_inst0_O,Decode1858_inst0_O,Decode1848_inst0_O,Decode1838_inst0_O,Decode1828_inst0_O,Decode1818_inst0_O,Decode1808_inst0_O,Decode1798_inst0_O,Decode1788_inst0_O,Decode1778_inst0_O,Decode1768_inst0_O,Decode1758_inst0_O,Decode1748_inst0_O,Decode1738_inst0_O,Decode1728_inst0_O,Decode1718_inst0_O,Decode1708_inst0_O,Decode1698_inst0_O,Decode1688_inst0_O,Decode1678_inst0_O,Decode1668_inst0_O,Decode1658_inst0_O,Decode1648_inst0_O,Decode1638_inst0_O,Decode1628_inst0_O,Decode1618_inst0_O,Decode1608_inst0_O,Decode1598_inst0_O,Decode1588_inst0_O,Decode1578_inst0_O,Decode1568_inst0_O,Decode1558_inst0_O,Decode1548_inst0_O,Decode1538_inst0_O,Decode1528_inst0_O,Decode1518_inst0_O,Decode1508_inst0_O,Decode1498_inst0_O,Decode1488_inst0_O,Decode1478_inst0_O,Decode1468_inst0_O,Decode1458_inst0_O,Decode1448_inst0_O,Decode1438_inst0_O,Decode1428_inst0_O,Decode1418_inst0_O,Decode1408_inst0_O,Decode1398_inst0_O,Decode1388_inst0_O,Decode1378_inst0_O,Decode1368_inst0_O,Decode1358_inst0_O,Decode1348_inst0_O,Decode1338_inst0_O,Decode1328_inst0_O,Decode1318_inst0_O,Decode1308_inst0_O,Decode1298_inst0_O,Decode1288_inst0_O,Decode1278_inst0_O,Decode1268_inst0_O,Decode1258_inst0_O,Decode1248_inst0_O,Decode1238_inst0_O,Decode1228_inst0_O,Decode1218_inst0_O,Decode1208_inst0_O,Decode1198_inst0_O,Decode1188_inst0_O,Decode1178_inst0_O,Decode1168_inst0_O,Decode1158_inst0_O,Decode1148_inst0_O,Decode1138_inst0_O,Decode1128_inst0_O,Decode1118_inst0_O,Decode1108_inst0_O,Decode1098_inst0_O,Decode1088_inst0_O,Decode1078_inst0_O,Decode1068_inst0_O,Decode1058_inst0_O,Decode1048_inst0_O,Decode1038_inst0_O,Decode1028_inst0_O,Decode1018_inst0_O,Decode1008_inst0_O,Decode998_inst0_O,Decode988_inst0_O,Decode978_inst0_O,Decode968_inst0_O,Decode958_inst0_O,Decode948_inst0_O,Decode938_inst0_O,Decode928_inst0_O,Decode918_inst0_O,Decode908_inst0_O,Decode898_inst0_O,Decode888_inst0_O,Decode878_inst0_O,Decode868_inst0_O,Decode858_inst0_O,Decode848_inst0_O,Decode838_inst0_O,Decode828_inst0_O,Decode818_inst0_O,Decode808_inst0_O,Decode798_inst0_O,Decode788_inst0_O,Decode778_inst0_O,Decode768_inst0_O,Decode758_inst0_O,Decode748_inst0_O,Decode738_inst0_O,Decode728_inst0_O,Decode718_inst0_O,Decode708_inst0_O,Decode698_inst0_O,Decode688_inst0_O,Decode678_inst0_O,Decode668_inst0_O,Decode658_inst0_O,Decode648_inst0_O,Decode638_inst0_O,Decode628_inst0_O,Decode618_inst0_O,Decode608_inst0_O,Decode598_inst0_O,Decode588_inst0_O,Decode578_inst0_O,Decode568_inst0_O,Decode558_inst0_O,Decode548_inst0_O,Decode538_inst0_O,Decode528_inst0_O,Decode518_inst0_O,Decode508_inst0_O,Decode498_inst0_O,Decode488_inst0_O,Decode478_inst0_O,Decode468_inst0_O,Decode458_inst0_O,Decode448_inst0_O,Decode438_inst0_O,Decode428_inst0_O,Decode418_inst0_O,Decode408_inst0_O,Decode398_inst0_O,Decode388_inst0_O,Decode378_inst0_O,Decode368_inst0_O,Decode358_inst0_O,Decode348_inst0_O,Decode338_inst0_O,Decode328_inst0_O,Decode318_inst0_O,Decode308_inst0_O,Decode298_inst0_O,Decode288_inst0_O,Decode278_inst0_O,Decode268_inst0_O,Decode258_inst0_O,Decode248_inst0_O,Decode238_inst0_O,Decode228_inst0_O,Decode218_inst0_O,Decode208_inst0_O,Decode198_inst0_O,Decode188_inst0_O,Decode178_inst0_O,Decode168_inst0_O,Decode158_inst0_O,Decode148_inst0_O,Decode138_inst0_O,Decode128_inst0_O,Decode118_inst0_O,Decode108_inst0_O,Decode98_inst0_O,Decode88_inst0_O,Decode78_inst0_O,Decode68_inst0_O,Decode58_inst0_O,Decode48_inst0_O,Decode38_inst0_O,Decode28_inst0_O,Decode18_inst0_O,Decode08_inst0_O};
endmodule